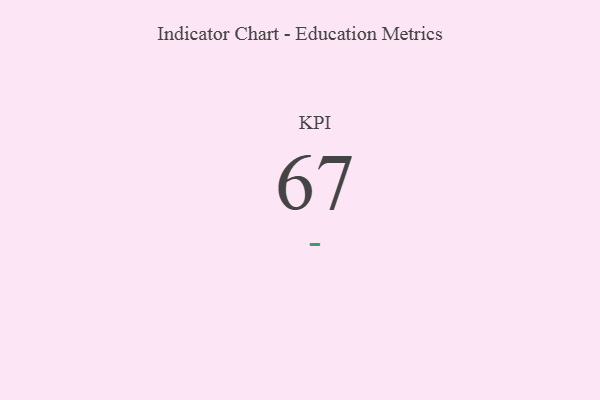
{"axis": {"x": "KPI", "y": "Value"}, "legend": [""], "data": [{"x": "KPI", "y": 67, "type": ""}]}